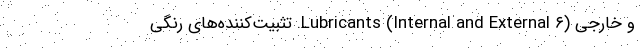
و خارجی (Lubricants (Internal and External ۶. تثبیت‌کننده‌های رنگی